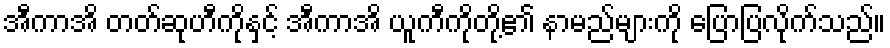
အီကာအိ တတ်ဆုဟီကိုနှင့် အီကာအိ ယူကီကိုတို့၏ နာမည်များကို ပြောပြလိုက်သည်။